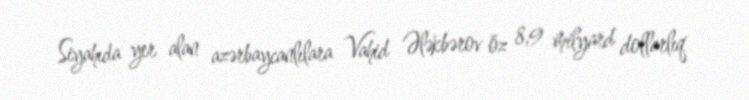
Siyahıda yer alan azərbaycanlılara Vahid Ələkbərov öz 8,9 milyard dollarlıq